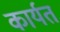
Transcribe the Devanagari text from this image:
कार्यत